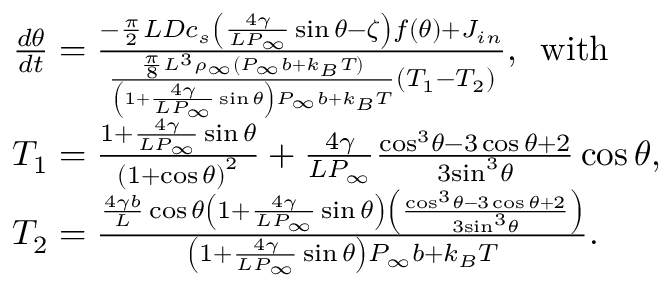
\begin{array} { r l } & { \frac { d \theta } { d t } = \frac { - \frac { \pi } { 2 } L D { { c } _ { s } } \left( \frac { { 4 \gamma } } { L P _ { \infty } } \sin \theta - \zeta \right) f \left( \theta \right) + { { J } _ { i n } } } { \frac { \frac { \pi } { 8 } { { L } ^ { 3 } } { { \rho } _ { \infty } } \left( { { P } _ { \infty } } { b } + { { k } _ { B } } T \right) } { \left( 1 + \frac { 4 \gamma } { L { { P } _ { \infty } } } \sin \theta \right) { { P } _ { \infty } } { b } + { { k } _ { B } } T } \left( { { T } _ { 1 } } - { { T } _ { 2 } } \right) } , \, \, \, \mathrm { w i t h } } \\ & { { { T } _ { 1 } } = \frac { 1 + \frac { 4 \gamma } { L { { P } _ { \infty } } } \sin \theta } { { { \left( 1 + \cos \theta \right) } ^ { 2 } } } + \frac { 4 \gamma } { L { { P } _ { \infty } } } \frac { { { \cos } ^ { 3 } } \theta - 3 \cos \theta + 2 } { 3 { { \sin } ^ { 3 } } \theta } \cos \theta , } \\ & { { { T } _ { 2 } } = \frac { \frac { 4 \gamma { b } } { L } \cos \theta \left( 1 + \frac { 4 \gamma } { L { { P } _ { \infty } } } \sin \theta \right) \left( \frac { { { \cos } ^ { 3 } } \theta - 3 \cos \theta + 2 } { 3 { { \sin } ^ { 3 } } \theta } \right) } { \left( 1 + \frac { 4 \gamma } { L { { P } _ { \infty } } } \sin \theta \right) { { P } _ { \infty } } b + { { k } _ { B } } T } . } \end{array}